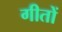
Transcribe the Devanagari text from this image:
गीतों